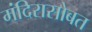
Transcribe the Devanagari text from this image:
मंदिरासोबत